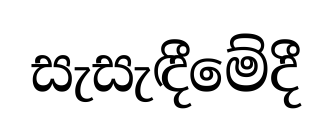
සැසැඳීමේදී